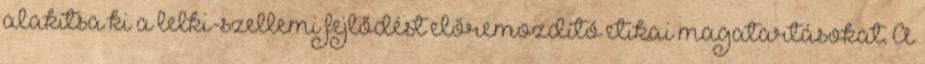
alakítsa ki a lelki-szellemi fejlődést előremozdító etikai magatartásokat. A